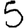
Digit: 5